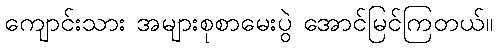
ကျောင်းသား အများစုစာမေးပွဲ အောင်မြင်ကြတယ်။